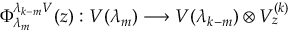
\Phi _ { \lambda _ { m } } ^ { \lambda _ { k - m } V } ( z ) : V ( \lambda _ { m } ) \longrightarrow V ( \lambda _ { k - m } ) \otimes V _ { z } ^ { ( k ) }